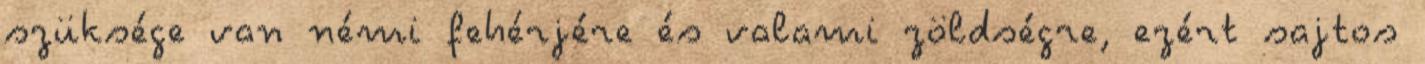
szüksége van némi fehérjére és valami zöldségre, ezért sajtos